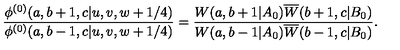
\displaystyle { \frac { \phi ^ { ( 0 ) } ( a , b + 1 , c | u , v , w + 1 / 4 ) } { \phi ^ { ( 0 ) } ( a , b - 1 , c | u , v , w + 1 / 4 ) } } = \displaystyle { \frac { W ( a , b + 1 | A _ { 0 } ) \overline { { W } } ( b + 1 , c | B _ { 0 } ) } { W ( a , b - 1 | A _ { 0 } ) \overline { { W } } ( b - 1 , c | B _ { 0 } ) } } .